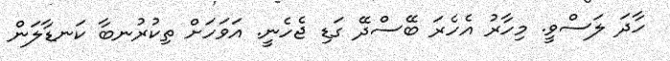
ހާދަ ލަސްވީ. މިހާރު އެހެރަ ބޭސްދޭ ގަޑި ޖެހެނީ. އަވަހަށް ތިކުރުނބާ ކަނޑާލަން